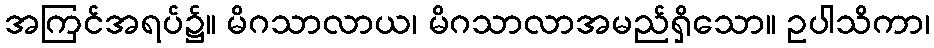
အကြင်အရပ်၌။ မိဂသာလာယ၊ မိဂသာလာအမည်ရှိသော။ ဥပါသိကာ၊